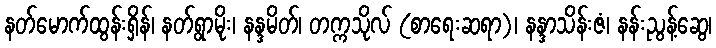
နတ်မောက်ထွန်းရှိန်၊ နတ်ရွာမိုး၊ နန္ဒမိတ်၊ တက္ကသိုလ် (စာရေးဆရာ)၊ နန္ဒာသိန်းဇံ၊ နန်းညွန့်ဆွေ၊